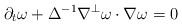
LaTeX: \begin{align*} \partial_t \omega + \Delta^{-1} \nabla^{\perp} \omega \cdot \nabla \omega =0\end{align*}